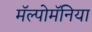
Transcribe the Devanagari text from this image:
मॅल्पोमॅनिया